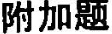
附加题：